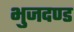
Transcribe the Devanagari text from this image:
भुजदण्ड